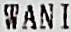
WANI